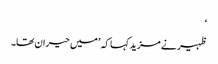
‘
ظہیر نے مزید کہا کہ ’میں حیران تھا۔